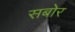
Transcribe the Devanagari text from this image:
सबोर